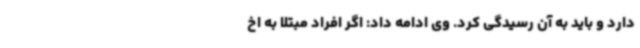
دارد و باید به آن رسیدگی کرد. وی ادامه داد: اگر افراد مبتلا به اخ